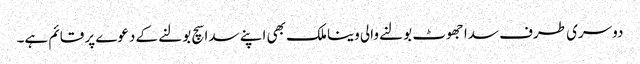
دوسری طرف سدا جھوٹ بولنے والی وینا ملک بھی اپنے سدا سچ بولنے کے دعوے پر قائم ہے۔